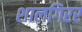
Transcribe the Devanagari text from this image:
शालगिरर